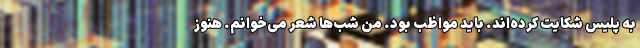
به پلیس شکایت کرده‌اند. باید مواظب بود. من شب‌ها شعر می‌خوانم. هنوز